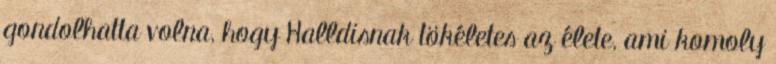
gondolhatta volna, hogy Halldisnak tökéletes az élete, ami komoly